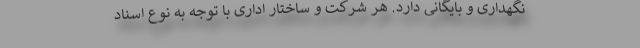
نگهداری و بایگانی دارد. هر شرکت و ساختار اداری با توجه به نوع اسناد